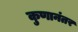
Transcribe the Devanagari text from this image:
कुणानंतर